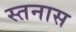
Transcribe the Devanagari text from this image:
स्तनास